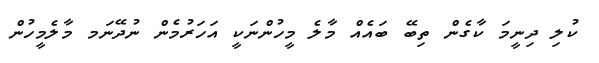
ކުލި ދިނީމަ ކާގެން ތިބޭ ބައެއް މާލެ މީހުންނަކީ އަހަރުމެން ނުދޭނަމ މާލެމީހުން